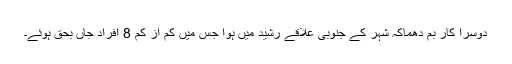
دوسرا کار بم دھماکہ شہر کے جنوبی علاقے رشید میں ہوا جس میں کم از کم 8 افراد جاں بحق ہوئے۔